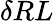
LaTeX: \delta RL